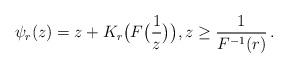
LaTeX: \begin{align*}\psi_r(z)=z+ K_r\big(F\big(\frac{1}{z}\big)\big), z \ge\frac{1}{F^{-1}(r)}\,.\end{align*}